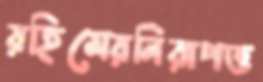
রহিমেরনিরাপত্ত